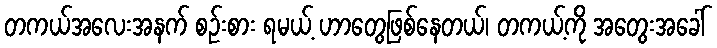
တကယ်အလေးအနက် စဉ်းစား ရမယ့် ဟာတွေဖြစ်နေတယ်၊ တကယ့်ကို အတွေးအခေါ်